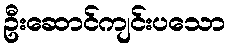
ဦးဆောင်ကျင်းပသော